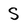
Character: S